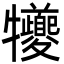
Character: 犪